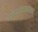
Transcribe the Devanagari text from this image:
चन्द्रकलाप्रकाशम्